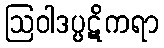
ဩဝါဒပ္ပဋိကရာ